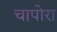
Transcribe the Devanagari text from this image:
चापोरा